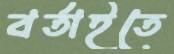
বর্তাইতে